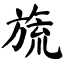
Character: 旒